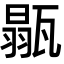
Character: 𤭼